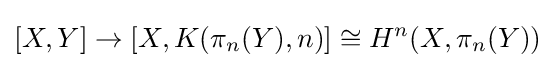
[X,Y]\rightarrow [X,K(\pi _{n}(Y),n)]\cong H^{n}(X,\pi _{n}(Y))